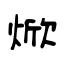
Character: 焮